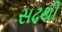
સઢથી